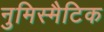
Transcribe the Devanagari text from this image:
नुमिस्मैटिक